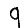
Digit: 9